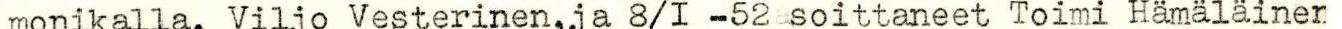
monikalla. Viljo Vesterinen,ja 8/I -52 soittaneet Toimi Hämäläiner